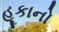
હૂકાનો